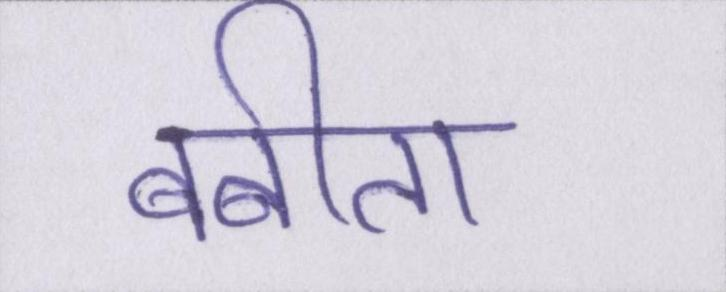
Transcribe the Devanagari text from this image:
बबीता